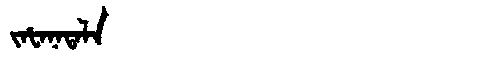
Manchu: ᠵᠠᡶᠠᠨᠠᡨᠠᠯᠠ
Romanization: JAFANATALA